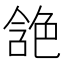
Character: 𰰘